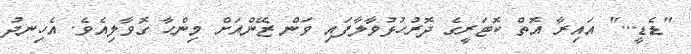
"ޑެޑީ..." އައިރާ އޮތް ކޮޓަރީގެ ދޮރުހުޅުވާލާފައި ވަން ޒޭންއަށް މިންޙާ ގޮވާލިއެވެ. އެހިނދު